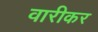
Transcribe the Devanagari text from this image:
वारीकर